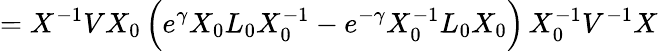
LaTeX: =X^{-1}VX_{0}\, \Big(e^{\gamma}X_{0}L_{0}X_{0}^{-1}-e^{-\gamma}X_{0}^{-1}L_{0}X_{0}\Big)\, X_{0}^{-1}V^{-1}X